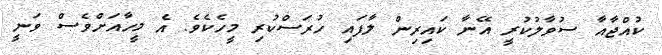
ކުއްޖާއާ ސުވާލުކުރީ އޭނާ ކައިރިން ލާފައި ހުރަސްކުރި މީހެކެވެ. އެ މީހާއަށްވެސް ވަނީ